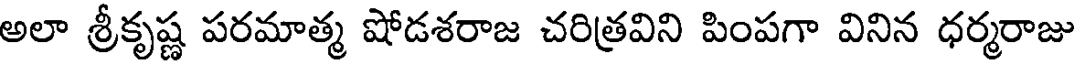
అలా శ్రీకృష్ణ పరమాత్మ షోడశరాజ చరిత్రవిని పింపగా వినిన ధర్మరాజు